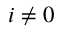
i \neq 0